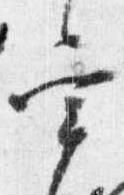
宰